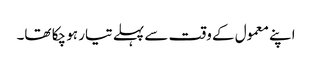
اپنے معمول کے وقت سے پہلے تیار ہو چکا تھا۔